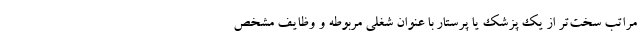
مراتب سخت‌تر از یک پزشک یا پرستار با عنوان شغلی مربوطه و وظایف مشخص